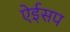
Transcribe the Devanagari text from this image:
ऐईसप